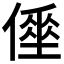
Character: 𠍮